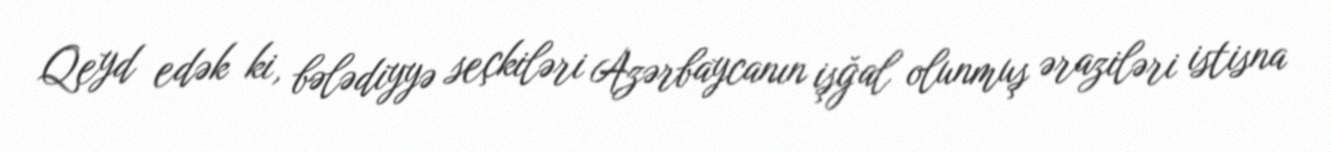
Qeyd edək ki, bələdiyyə seçkiləri Azərbaycanın işğal olunmuş əraziləri istisna